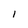
Character: 1